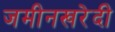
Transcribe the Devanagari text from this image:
जमीनखरेदी